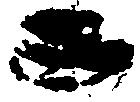
西